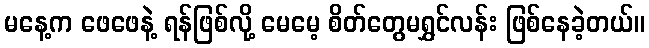
မနေ့က ဖေဖေနဲ့ ရန်ဖြစ်လို့ မေမေ့ စိတ်တွေမရွှင်လန်း ဖြစ်နေခဲ့တယ်။